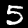
Digit: 5